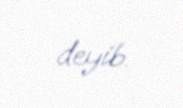
deyib.